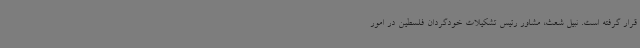
قرار گرفته است. نبیل شعث، مشاور رئیس تشکیلات خودگردان فلسطین در امور